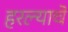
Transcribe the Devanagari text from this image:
हरल्याचे